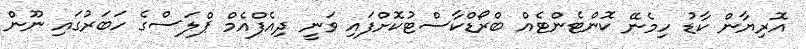
އޮރިޔާން ކާޑު ހިމެނޭ ކޮންޓެންޓެއް ބްރޯޑްކާސްޓުކޮށްފައި ވަނީ ދިއެފްއެމް ޕްލަސްގެ ހަބަރުގައި ނޫން